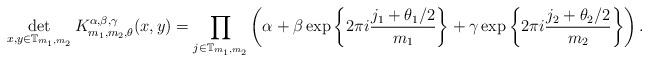
LaTeX: \begin{align*} \det\limits_{ x,y \in \mathbb{T}_{m_1,m_2} }K^{\alpha,\beta,\gamma}_{m_1,m_2,\theta} (x,y) = \prod_{ j \in \mathbb{T}_{m_1,m_2}} \left( \alpha + \beta \exp \left\{ 2 \pi i \frac{ j_1 + \theta_1 /2}{ m_1 } \right\} + \gamma \exp \left\{ 2 \pi i \frac{ j_2 + \theta_2 /2}{ m_2 } \right\} \right).\end{align*}